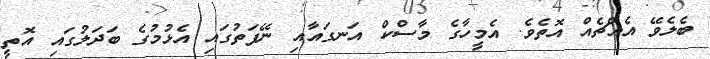
ބެލެވޭ އެއްޗެއް އޮތެވެ. އެމީހާގެ މާސްކް އަނގައާއި ނޭފަތުގައި އެޅުމުގެ ބަދަލުގައި އޮތީ